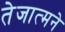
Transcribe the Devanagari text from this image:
तेजात्मने